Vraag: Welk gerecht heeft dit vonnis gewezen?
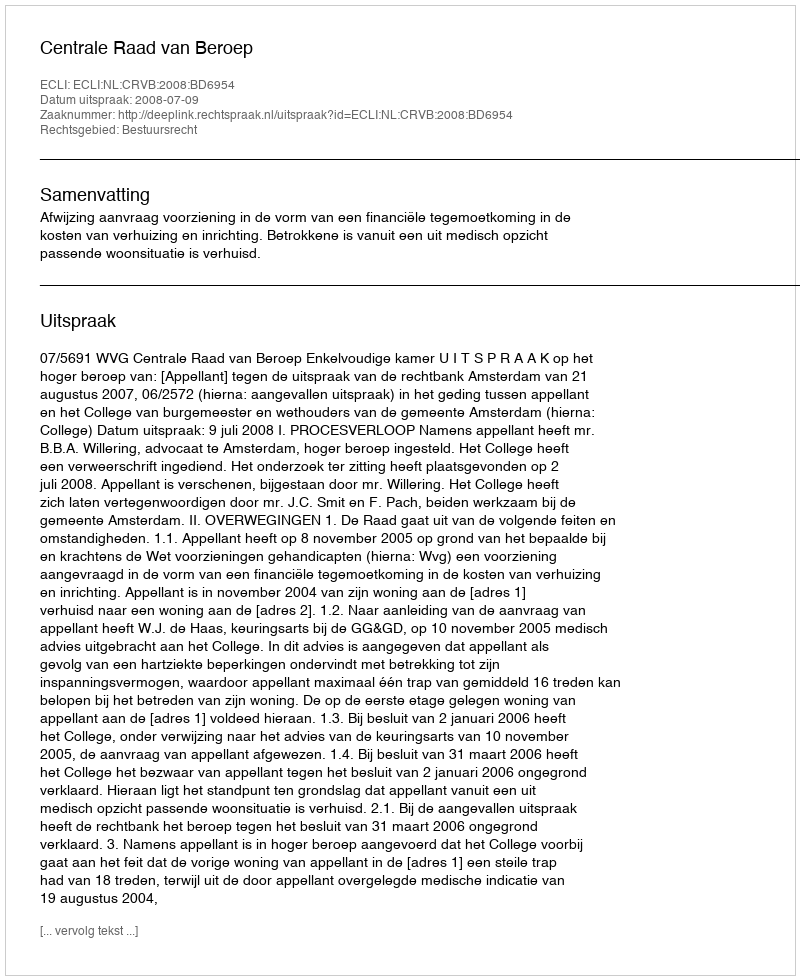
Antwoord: Centrale Raad van Beroep